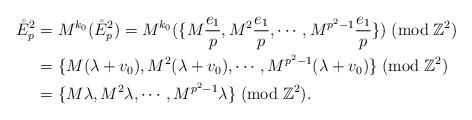
LaTeX: \begin{align*}\mathring{E}_p^2&=M^{k_0}(\mathring{E}_p^2)=M^{k_0}(\{M\frac{e_1}{p},M^2\frac{e_1}{p},\cdots,M^{p^2-1}\frac{e_1}{p}\}) \;({\rm mod} \;\mathbb{Z}^2)\\&=\{M(\lambda+v_0),M^{2}(\lambda+v_0),\cdots,M^{p^2-1}(\lambda+v_0)\} \;({\rm mod} \;\mathbb{Z}^2)\\&=\{M\lambda,M^{2}\lambda,\cdots,M^{p^2-1}\lambda\}\;({\rm mod} \;\mathbb{Z}^2).\end{align*}